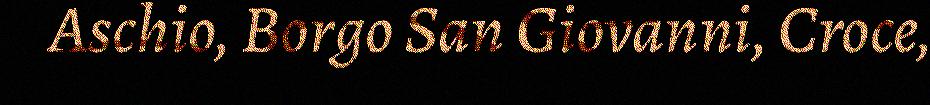
Aschio, Borgo San Giovanni, Croce,